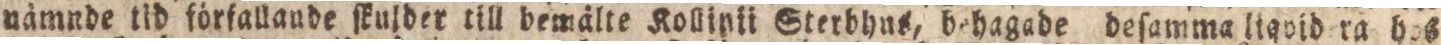
nämnde tid förfallande ſkulder till bemälte Kollinii Sterbhus, behagade deſamma liqvid ra hos